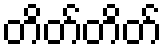
တိတ်တိတ်